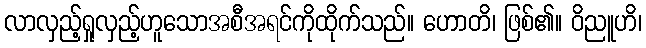
လာလှည့်ရှုလှည့်ဟူသောအစီအရင်ကိုထိုက်သည်။ ဟောတိ၊ ဖြစ်၏။ ဝိညူဟိ၊